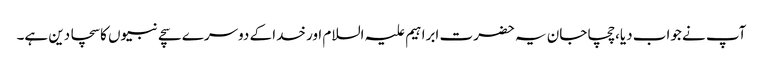
آپ نے جواب دیا،چچا جان یہ حضرت ابراہیم علیہ السلام اور خدا کے دوسرے سچے نبیوں کا سچا دین ہے۔